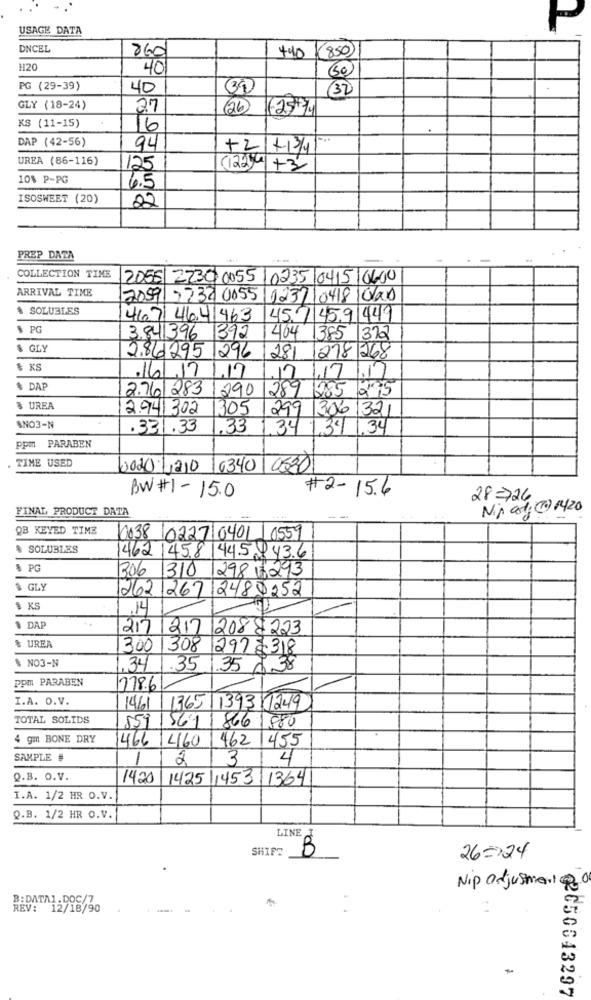
USAGE DATA
P
DNCEL
860
440
850
H20
40
PG (29-39)
40
30
32
GLY (18-24)
27
(26
£25%)
KS (11-15)
16
DAP (42-56)
94
+2
+-13/4
UREA (86-116)
125
(122 01+3
10% P-PG
6.5
ISOSWEET (20)
22
PREP DATA
COLLECTION TIME
2055 2230 0055/0235 0415 0600
ARRIVAL TIME
2059 22320055/1232104181020
$ SOLUBLES
467 46.41463
45.7 45.91449
$ PG
3841396 392
1404 1385 312
$ GLY
2.862951296
281 1218 268
$ KS
16/17/17
12
1.17
.17
$ DAP
2.76/283/290
289 285 275
& UREA
2.941 302 1305
299 306 321
SNO3-N
.331.33
1.33
34 1,34 1.34
Ppm PARABEN
TIME USED
00201210
10340 0630
#2-15.6
BW #1- 15.0
28=726
FINAL PRODUCT DATA
Nip at @ 1420
QB KEYED TIME
0038 /0227 0401 0559
$ SOLUBLES
4621458 445843.6
$ PG
306 1310
12987293
$ GLY
262. 267 2482252
3 KS
14
1 DAP
217 217 2088223
& UREA
300 308 2972318
$ NO3-N
34
1.35 35
4.38
ppm PARABEN
178.6
I.A. O.V.
14/61 1365 1393/1249
TOTAL SOLIDS
559| 569 1 866 1880
4 gm BONE DRY
466 1460 462 1455
SAMPLE #
1
2
3
4
Q.B. O.V.
1420
1425 145311364
I.A. 1/2 HR O.V.
Q.B. 1/2 HR O.V.
LINE
SHIFT
B
26=>24
Nip adjustment@0
B:DATA1.DOC/7
REV: 12/18/90
@2050643297